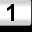
Digit: 1